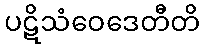
ပဋိသံဝေဒေတီတိ